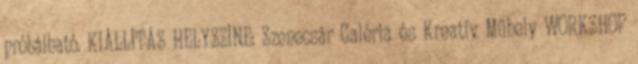
próbálható. KIÁLLÍTÁS HELYSZÍNE: Szenecsár Galéria és Kreatív Műhely WORKSHOP